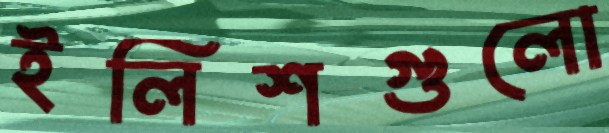
ইলিশগুলো